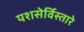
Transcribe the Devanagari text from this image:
यशसेर्विस्तारे